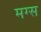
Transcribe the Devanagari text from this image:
मग्स